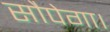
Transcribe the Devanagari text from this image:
सौपेगा।